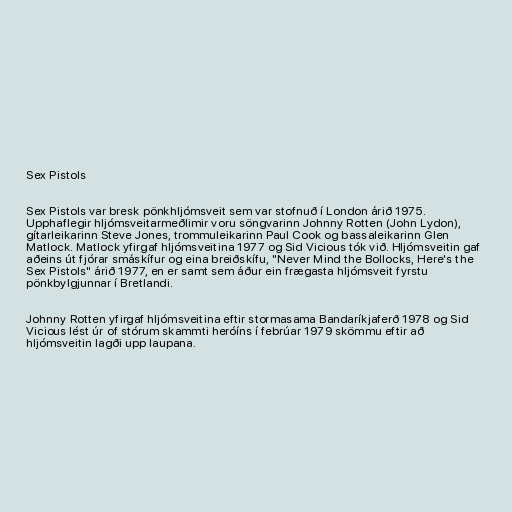
Sex Pistols

Sex Pistols var bresk pönkhljómsveit sem var stofnuð í London árið 1975.
Upphaflegir hljómsveitarmeðlimir voru söngvarinn Johnny Rotten (John Lydon),
gítarleikarinn Steve Jones, trommuleikarinn Paul Cook og bassaleikarinn Glen
Matlock. Matlock yfirgaf hljómsveitina 1977 og Sid Vicious tók við. Hljómsveitin gaf
aðeins út fjórar smáskífur og eina breiðskífu, "Never Mind the Bollocks, Here's the
Sex Pistols" árið 1977, en er samt sem áður ein frægasta hljómsveit fyrstu
pönkbylgjunnar í Bretlandi.

Johnny Rotten yfirgaf hljómsveitina eftir stormasama Bandaríkjaferð 1978 og Sid
Vicious lést úr of stórum skammti heróíns í febrúar 1979 skömmu eftir að
hljómsveitin lagði upp laupana.